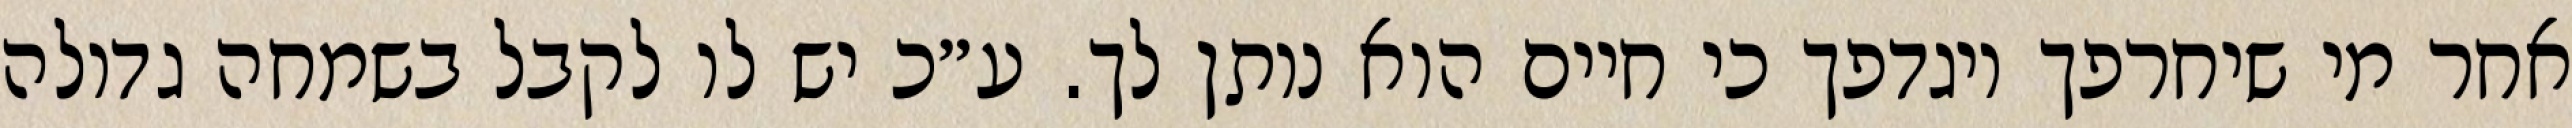
אחר מי שיחרפך ויגדפך כי חיים הוא נותן לך. ע״כ יש לו לקבל בשמחה גדולה